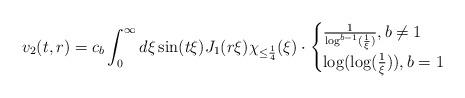
LaTeX: \begin{align*}v_{2}(t,r) = c_{b} \int_{0}^{\infty} d\xi \sin(t \xi) J_{1}(r\xi) \chi_{\leq \frac{1}{4}}(\xi)\cdot \begin{cases}\frac{1}{\log^{b-1}(\frac{1}{\xi})}, b \neq 1\\\log(\log(\frac{1}{\xi})), b=1 \end{cases}\end{align*}